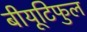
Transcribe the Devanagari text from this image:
बीयूटिफुल